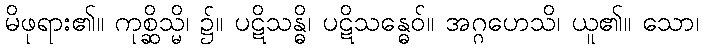
မိဖုရား၏။ ကုစ္ဆိသ္မိ၊ ၌။ ပဋိသန္ဓိ၊ ပဋိသန္ဓေဝ်။ အဂ္ဂဟေသိ၊ ယူ၏။ သော၊